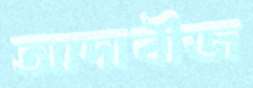
আদাবীজ